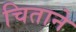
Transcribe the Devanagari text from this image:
चिताने